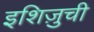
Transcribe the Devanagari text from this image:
इशिज़ुची